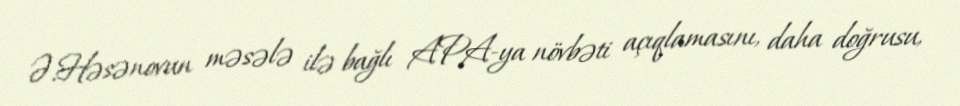
Ə.Həsənovun məsələ ilə bağlı APA-ya növbəti açıqlamasını, daha doğrusu,